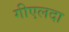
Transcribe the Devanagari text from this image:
गीएलदा